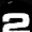
Digit: 2